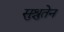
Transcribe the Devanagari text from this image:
सुश्रुतेन